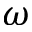
\omega